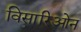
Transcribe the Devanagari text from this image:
विसारिओन